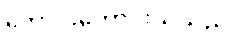
ကောင်းကောင်းသိသည်